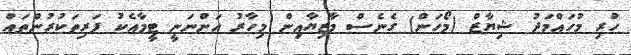
ހުރި މުހައްމަދު ޝިޔާޒް (މޯހަން) ގެނެސް މާޒިޔާއިން މިހާރު އަންނަނީ ޓީމާއެކު ފަރިތަކުރުންތައް